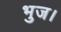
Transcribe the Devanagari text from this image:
भुज।